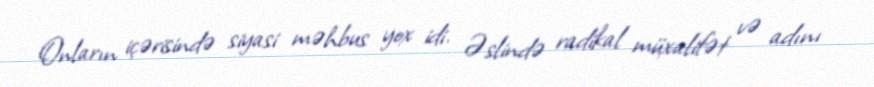
Onların içərisində siyasi məhbus yox idi. Əslində radikal müxalifət və adını